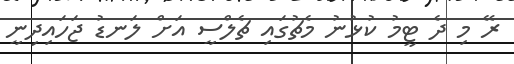
ރޭ މި ދެ ޓީމު ކުޅުނު މެޗުގައި ޗެލްސީ އަށް ލަނޑު ޖަހައިދިނީ